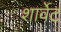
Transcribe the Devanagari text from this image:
शार्वेट